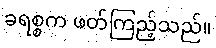
ခရစ္စက ဖတ်ကြည့်သည်။